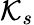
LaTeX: \mathcal{K}_{s}